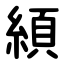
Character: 䋶